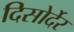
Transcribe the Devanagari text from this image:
दिसोर्देर